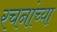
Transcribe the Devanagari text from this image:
रचनांच्या